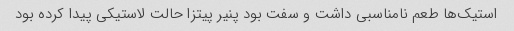
استیک‌ها طعم نامناسبی داشت و سفت بود پنیر پیتزا حالت لاستیکی پیدا کرده بود